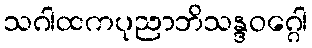
သဂါထကပုညာဘိသန္ဒဝဂ္ဂေါ